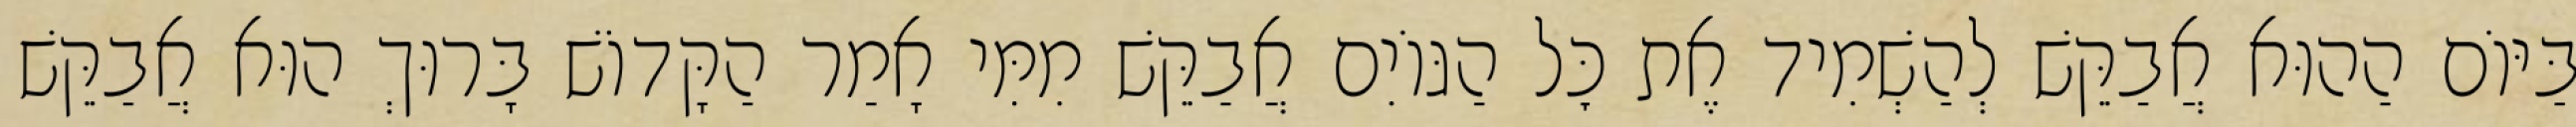
בַּיּוֹם הַהוּא אֲבַקֵּשׁ לְהַשְׁמִיד אֶת כׇּל הַגּוֹיִם אֲבַקֵּשׁ מִמִּי אָמַר הַקָּדוֹשׁ בָּרוּךְ הוּא אֲבַקֵּשׁ